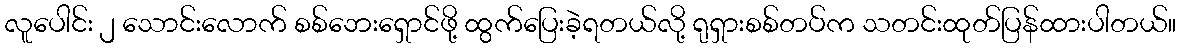
လူပေါင်း ၂ သောင်းလောက် စစ်ဘေးရှောင်ဖို့ ထွက်ပြေးခဲ့ရတယ်လို့ ရုရှားစစ်တပ်က သတင်းထုတ်ပြန်ထားပါတယ်။